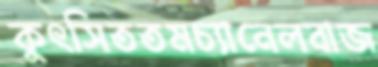
কুৎসিততমচ্যানেলবাজ